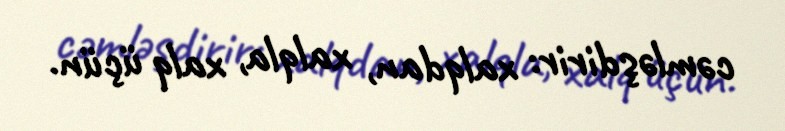
cəmləşdirir: xalqdan, xalqla, xalq üçün.